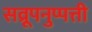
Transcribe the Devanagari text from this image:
सव्रूपनुप्पत्ती